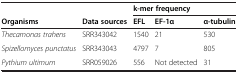
|  |  | <COLSPAN=3> k-mer frequency |
 | Organisms | Data sources | EFL | EF-1α | α-tubulin |
 | --- | --- | --- | --- | --- |
 | Thecamonas trahens | SRR343042 | 1540 | 21 | 530 |
 | Spizellomyces punctatus | SRR343043 | 4797 | 7 | 805 |
 | Pythium ultimum | SRR059026 | 556 | Not detected | 31 |